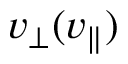
v _ { \perp } ( v _ { \parallel } )